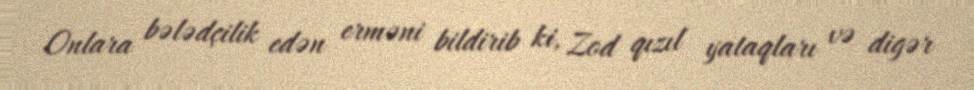
Onlara bələdçilik edən erməni bildirib ki, Zod qızıl yataqları və digər